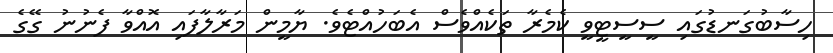
ހިސާބުގަނޑުގައި ސީސީޓީވީ ކެމެރާ ތަކެއްވެސް އެބަހުއްޓެވެ. ޔާމީން މަރާލާފައި އޮއްވާ ފެނުނު ގޭގެ